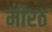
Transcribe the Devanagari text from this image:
मीरठ